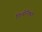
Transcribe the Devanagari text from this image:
फिबोनैक्सी